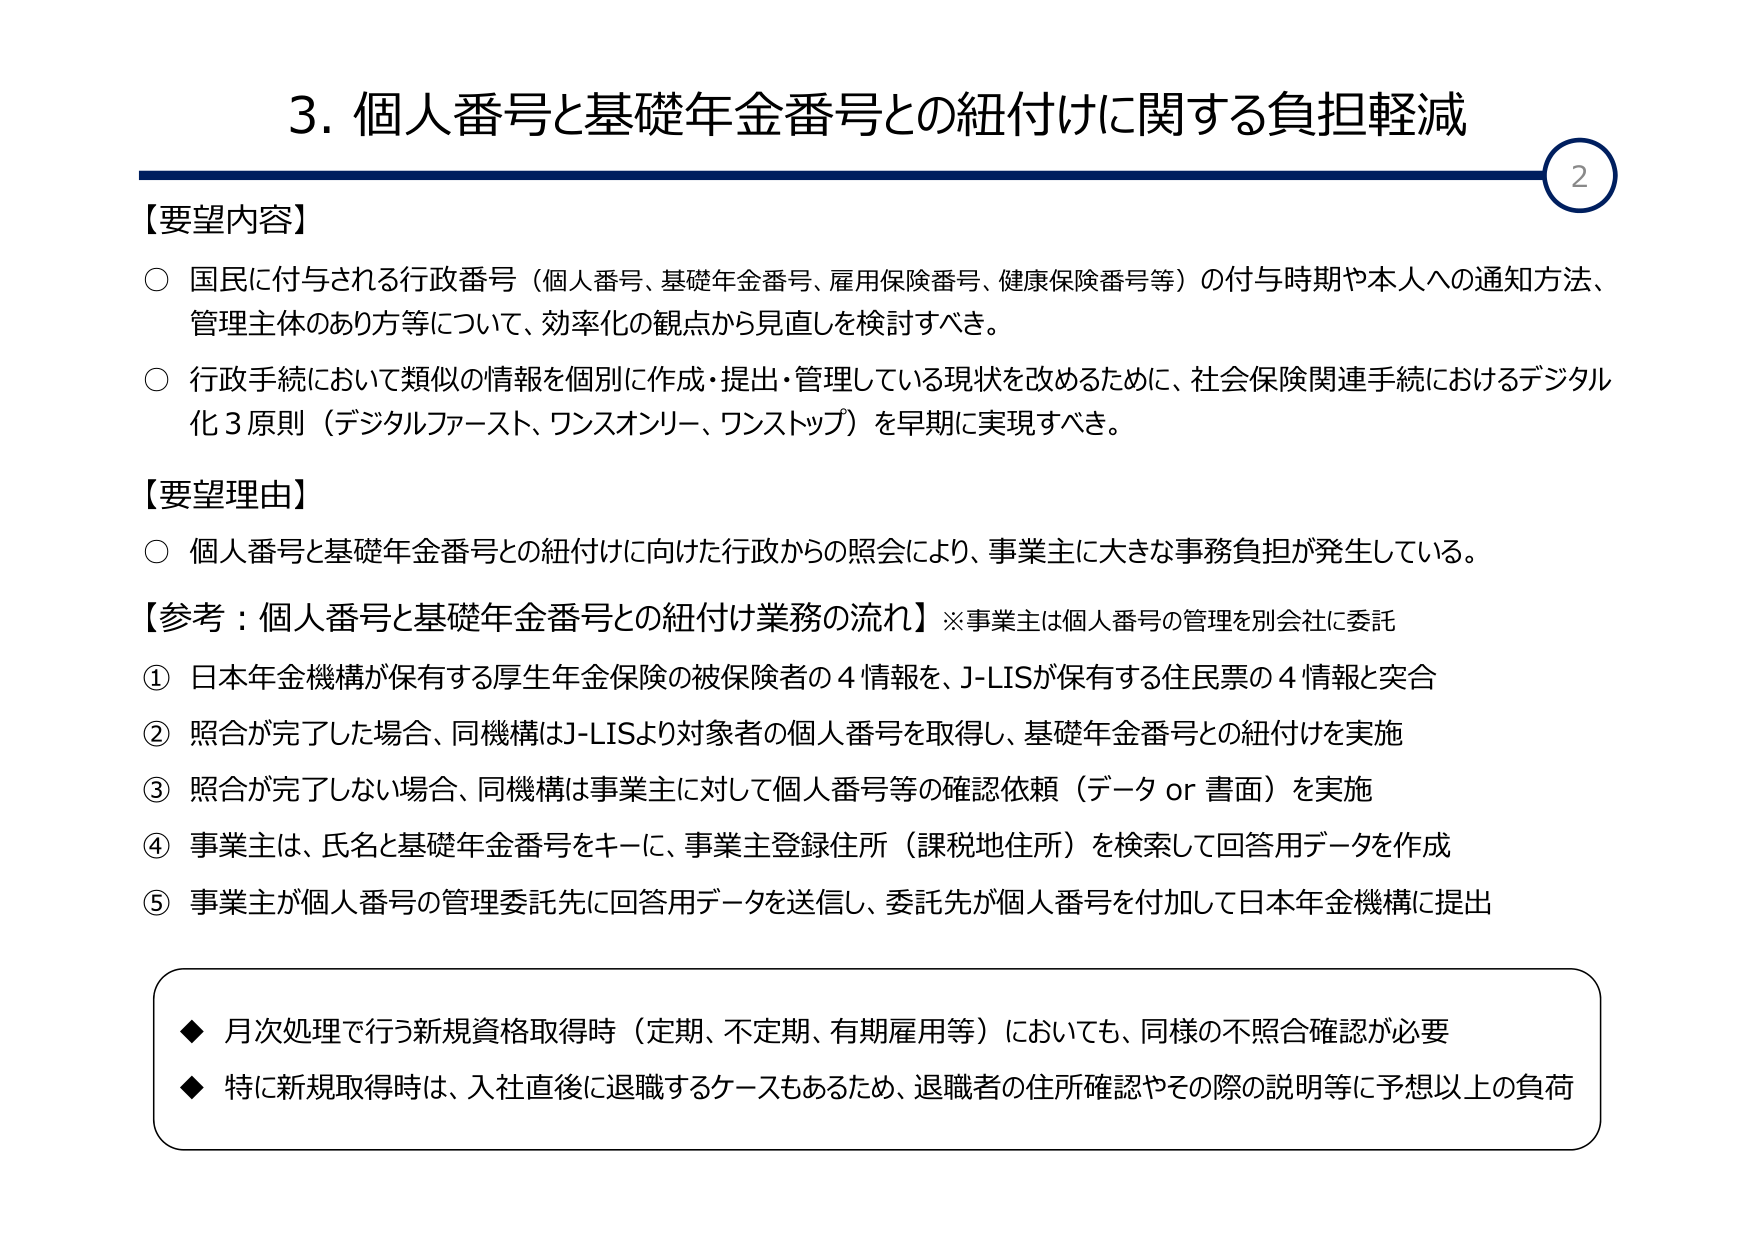
3. 個人番号と基礎年金番号との紐付けに関する負担軽減

【要望内容】
○ 国民に付与される行政番号（個人番号、基礎年金番号、雇用保険番号、健康保険番号等）の付与時期や本人への通知方法、管理主体のあり方等について、効率化の観点から見直しを検討すべき。
○ 行政手続において類似の情報を個別に作成・提出・管理している現状を改めるために、社会保険関連手続におけるデジタル化3原則（デジタルファースト、ワンスオンリー、ワンストップ）を早期に実現すべき。

【要望理由】
○ 個人番号と基礎年金番号との紐付けに向けた行政からの照会により、事業主に大きな事務負担が発生している。

【参考：個人番号と基礎年金番号との紐付け業務の流れ】※事業主は個人番号の管理を別会社に委託
① 日本年金機構が保有する厚生年金保険の被保険者の4情報を、J-LISが保有する住民票の4情報と突合
② 照合が完了した場合、同機構はJ-LISより対象者の個人番号を取得し、基礎年金番号との紐付けを実施
③ 照合が完了しない場合、同機構は事業主に対して個人番号等の確認依頼（データ or 書面）を実施
④ 事業主は、氏名と基礎年金番号をキーに、事業主登録住所（課税地住所）を検索して回答用データを作成
⑤ 事業主が個人番号の管理委託先に回答用データを送信し、委託先が個人番号を付加して日本年金機構に提出

◆ 月次処理で行う新規資格取得時（定期、不定期、有期雇用等）においても、同様の不照合確認が必要
◆ 特に新規取得時は、入社直後に退職するケースもあるため、退職者の住所確認やその際の説明等に予想以上の負荷